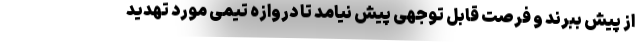
از پیش ببرند و فرصت قابل توجهی پیش نیامد تا دروازه تیمی مورد تهدید